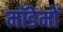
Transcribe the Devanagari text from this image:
मॉडेमों